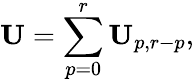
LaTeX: \mathbf{U}=\sum_{p=0}^{r}\mathbf{U}_{p,r-p},